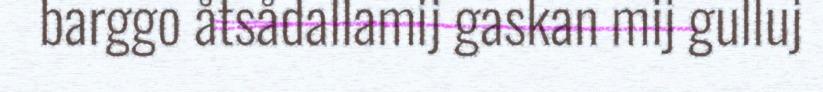
barggo åtsådallamij gaskan mij gulluj